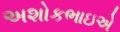
અશોકભાઇએ